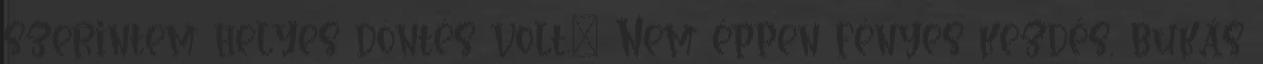
szerintem helyes döntés volt.” Nem éppen fényes kezdés, bukás